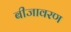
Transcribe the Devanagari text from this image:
बीजावरण